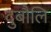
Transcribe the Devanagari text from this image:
दुबौलि